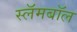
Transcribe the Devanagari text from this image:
स्लॅमबॉल